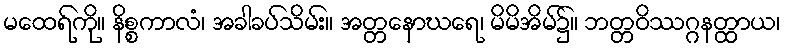
မထေရ်ကို။ နိစ္စကာလံ၊ အခါခပ်သိမ်း။ အတ္တနောဃရေ၊ မိမိအိမ်၌။ ဘတ္တဝိဿဂ္ဂနတ္ထာယ၊